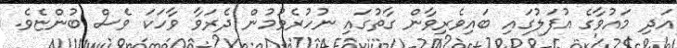
އަދި މައުވާގެ އުފަލުގައި ބައިވެރިވާން ގާތުގައި ނުހުރެވުމުން ދެރަވާ ވާހަކަ ވެސް ބުންޏެވެ.